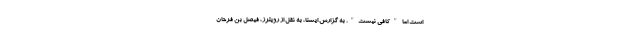
است اما "کافی نیست". به گزارش ایسنا، به نقل از رویترز، فیصل بن فرحان